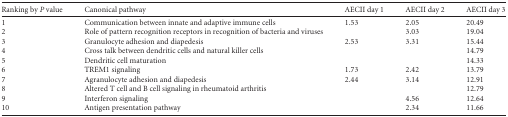
| Ranking by P value | Canonical pathway | AECII day 1 | AECII day 2 | AECII day 3 |
 | --- | --- | --- | --- | --- |
 | 1 | Communication between innate and adaptive immune cells | 1.53 | 2.05 | 20.49 |
 | 2 | Role of pattern recognition receptors in recognition of bacteria and viruses |  | 3.03 | 19.04 |
 | 3 | Granulocyte adhesion and diapedesis | 2.53 | 3.31 | 15.44 |
 | 4 | Cross talk between dendritic cells and natural killer cells |  |  | 14.79 |
 | 5 | Dendritic cell maturation |  |  | 14.33 |
 | 6 | TREM1 signaling | 1.73 | 2.42 | 13.79 |
 | 7 | Agranulocyte adhesion and diapedesis | 2.44 | 3.14 | 12.91 |
 | 8 | Altered T cell and B cell signaling in rheumatoid arthritis |  |  | 12.79 |
 | 9 | Interferon signaling |  | 4.56 | 12.64 |
 | 10 | Antigen presentation pathway |  | 2.34 | 11.66 |